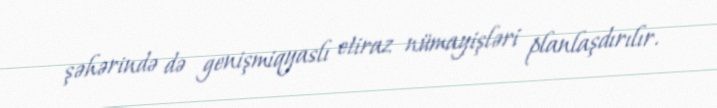
şəhərində də genişmiqyaslı etiraz nümayişləri planlaşdırılır.